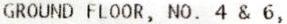
GROUND FLOOR, NO. 4 & 6,